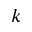
k